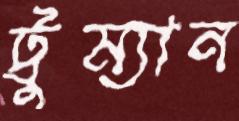
ট্রুম্যান